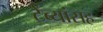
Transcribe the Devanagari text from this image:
टेंब्यांसह